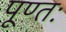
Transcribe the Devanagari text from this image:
पूण्तः